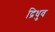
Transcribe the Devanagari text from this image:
द्रिधुव